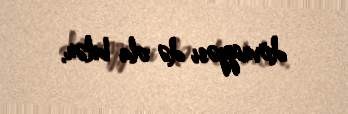
dövriyyəsi də ola bilər.